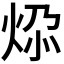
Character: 𬊅